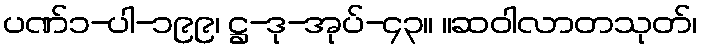
ပဏ်၁-ပါ-၁၉၉၊ ဋ္ဌ-ဒု-အုပ်-၄၃။ ။ဆဝါလာတသုတ်၊